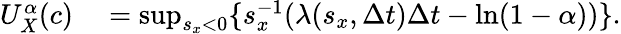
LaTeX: \begin{array}{rl}{U_{X}^{\alpha}(c)}&{{}=\operatorname*{sup}_{s_{x}<0}\{ s_{x}^{-1}(\lambda(s_{x},\Delta t)\Delta t-\ln(1-\alpha))\} .}\end{array}